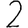
Digit: 2